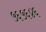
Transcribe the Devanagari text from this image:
५६५६४६